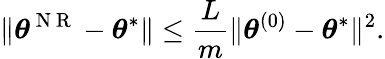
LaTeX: \lVert{\boldsymbol{\theta}}^{\mathrm{~N~R~}}-{\boldsymbol{\theta}}^{*}\rVert\leq\frac{L}{m}\lVert{\boldsymbol{\theta}}^{(0)}-{\boldsymbol{\theta}}^{*}\rVert^{2}.